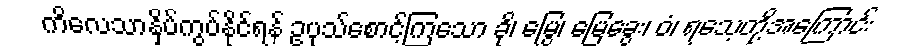
ကိလေသာနှိပ်ကွပ်နိုင်ရန် ဥပုသ်စောင့်ကြသော ခို၊ မြွေ၊ မြေခွေး၊ ဝံ၊ ရသေ့တို့အကြောင်း